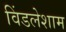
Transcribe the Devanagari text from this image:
विंडलेशाम